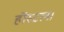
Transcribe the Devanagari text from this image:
हॉस्टल।